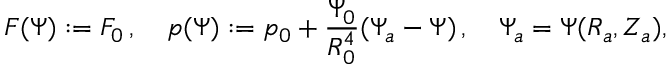
F ( \Psi ) : = F _ { 0 } \, , \quad p ( \Psi ) : = p _ { 0 } + \frac { \Psi _ { 0 } } { R _ { 0 } ^ { 4 } } ( \Psi _ { a } - \Psi ) \, , \quad \Psi _ { a } = \Psi ( R _ { a } , Z _ { a } ) ,